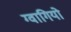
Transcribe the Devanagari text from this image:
ग्वागियो